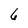
Character: 6